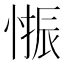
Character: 𱞾